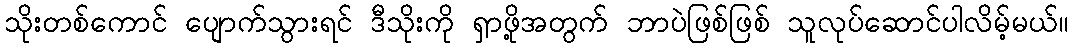
သိုးတစ်ကောင် ပျောက်သွားရင် ဒီသိုးကို ရှာဖို့အတွက် ဘာပဲဖြစ်ဖြစ် သူလုပ်ဆောင်ပါလိမ့်မယ်။